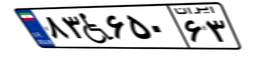
۸۳W۶۵۰۶۳